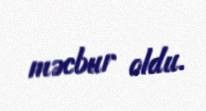
məcbur oldu.